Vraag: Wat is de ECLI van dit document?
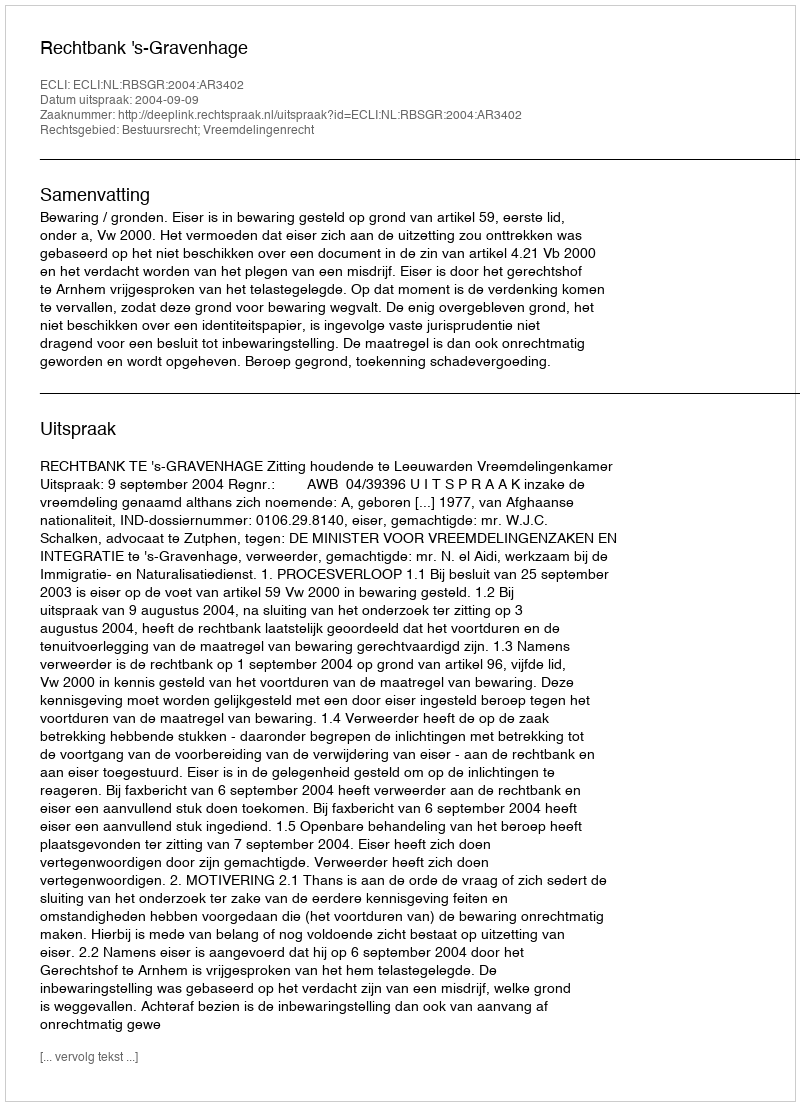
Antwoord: ECLI:NL:RBSGR:2004:AR3402